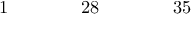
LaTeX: \begin{array} { c c c c c c c c c c c c c c c c c } { { 1 } } & { { } } & { { } } & { { } } & { { 2 8 } } & { { } } & { { } } & { { } } & { { 3 5 } } & { { } } & { { } } & { { } } & { { } } & { { } } & { { } } & { { } } & { { } } \end{array}